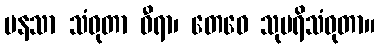
မနသာ သံဝုတာ ဓီရာ၊ တေဝေ သုပရိသံဝုတာ။